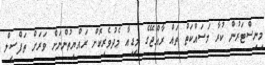
މިނިސްޓަރުން ކުރާ މަސައްކަތް ތައް ރާއްޖޭގެ މީޑިއާ މެދުވެރިކޮށް ރައްޔިތުންނަށް ވަރަށް ތަފްސީލް